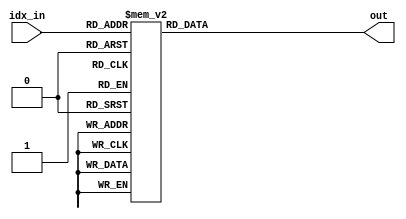
/*
 * "Copyright (c) 2010-2011 The Regents of the University of Michigan.
 * All rights reserved.
 *
 * Redistribution and use in source and binary forms, with or without
 * modification, are permitted provided that the following conditions
 * are met:
 *
 * - Redistributions of source code must retain the above copyright
 *   notice, this list of conditions and the following disclaimer.
 * - Redistributions in binary form must reproduce the above copyright
 *   notice, this list of conditions and the following disclaimer in the
 *   documentation and/or other materials provided with the
 *   distribution.
 * - Neither the name of the copyright holders nor the names of
 *   its contributors may be used to endorse or promote products derived
 *   from this software without specific prior written permission.
 *
 * THIS SOFTWARE IS PROVIDED BY THE COPYRIGHT HOLDERS AND CONTRIBUTORS
 * "AS IS" AND ANY EXPRESS OR IMPLIED WARRANTIES, INCLUDING, BUT NOT
 * LIMITED TO, THE IMPLIED WARRANTIES OF MERCHANTABILITY AND FITNESS
 * FOR A PARTICULAR PURPOSE ARE DISCLAIMED.  IN NO EVENT SHALL THE
 * COPYRIGHT HOLDER OR CONTRIBUTORS BE LIABLE FOR ANY DIRECT,
 * INDIRECT, INCIDENTAL, SPECIAL, EXEMPLARY, OR CONSEQUENTIAL DAMAGES
 * (INCLUDING, BUT NOT LIMITED TO, PROCUREMENT OF SUBSTITUTE GOODS OR
 * SERVICES; LOSS OF USE, DATA, OR PROFITS; OR BUSINESS INTERRUPTION)
 * HOWEVER CAUSED AND ON ANY THEORY OF LIABILITY, WHETHER IN CONTRACT,
 * STRICT LIABILITY, OR TORT (INCLUDING NEGLIGENCE OR OTHERWISE)
 * ARISING IN ANY WAY OUT OF THE USE OF THIS SOFTWARE, EVEN IF ADVISED
 * OF THE POSSIBILITY OF SUCH DAMAGE.
 */

/*
 * @author Ye-Sheng Kuo <samkuo@eecs.umich.edu>
 */

// sin_table.v
module sine_table(idx_in, out);

input	[5:0]	idx_in;
output	[7:0]	out;

reg		[7:0]	out_reg;
assign	out = out_reg;

always @ *
begin
	case (idx_in)
		6'd0: out_reg = 8'h7f;
        6'd1: out_reg = 8'h90;
        6'd2: out_reg = 8'ha0;
        6'd3: out_reg = 8'hb0;
        6'd4: out_reg = 8'hbf;
        6'd5: out_reg = 8'hcc;
        6'd6: out_reg = 8'hd9;
        6'd7: out_reg = 8'he4;
        6'd8: out_reg = 8'hed;
        6'd9: out_reg = 8'hf4;
        6'd10: out_reg = 8'hfa;
        6'd11: out_reg = 8'hfd;
        6'd12: out_reg = 8'hfe;
        6'd13: out_reg = 8'hfd;
        6'd14: out_reg = 8'hfa;
        6'd15: out_reg = 8'hf4;
        6'd16: out_reg = 8'hed;
        6'd17: out_reg = 8'he4;
        6'd18: out_reg = 8'hd9;
        6'd19: out_reg = 8'hcc;
        6'd20: out_reg = 8'hbe;
        6'd21: out_reg = 8'hb0;
        6'd22: out_reg = 8'ha0;
		6'd23: out_reg = 8'h90;
        6'd24: out_reg = 8'h7f;
        6'd25: out_reg = 8'h6e;
        6'd26: out_reg = 8'h5e;
        6'd27: out_reg = 8'h4e;
        6'd28: out_reg = 8'h3f;
        6'd29: out_reg = 8'h32;
        6'd30: out_reg = 8'h25;
        6'd31: out_reg = 8'h1a;
        6'd32: out_reg = 8'h11;
        6'd33: out_reg = 8'ha;
        6'd34: out_reg = 8'h4;
        6'd35: out_reg = 8'h1;
        6'd36: out_reg = 8'h0;
        6'd37: out_reg = 8'h1;
        6'd38: out_reg = 8'h4;
        6'd39: out_reg = 8'ha;
        6'd40: out_reg = 8'h11;
        6'd41: out_reg = 8'h1a;
        6'd42: out_reg = 8'h25;
        6'd43: out_reg = 8'h32;
        6'd44: out_reg = 8'h40;
        6'd45: out_reg = 8'h4e;
		6'd46: out_reg = 8'h5e;
        6'd47: out_reg = 8'h6e;
		default: out_reg = 8'h0;
	endcase
end

endmodule